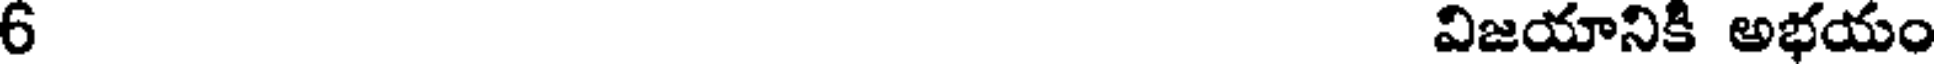
6 విజయానికి అభయం